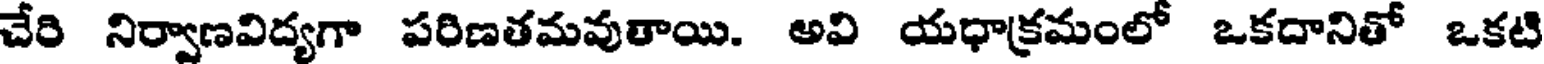
చేరి నిర్వాణవిద్యగా పరిణతమవుతాయి. అవి యధాక్రమంలో ఒకదానితో ఒకటి